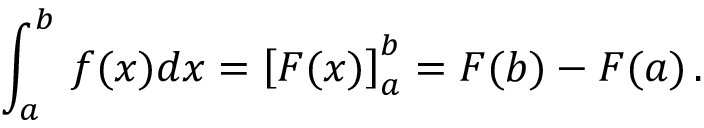
\int _ { a } ^ { b } \, f ( x ) d x = \left[ F ( x ) \right] _ { a } ^ { b } = F ( b ) - F ( a ) \, .